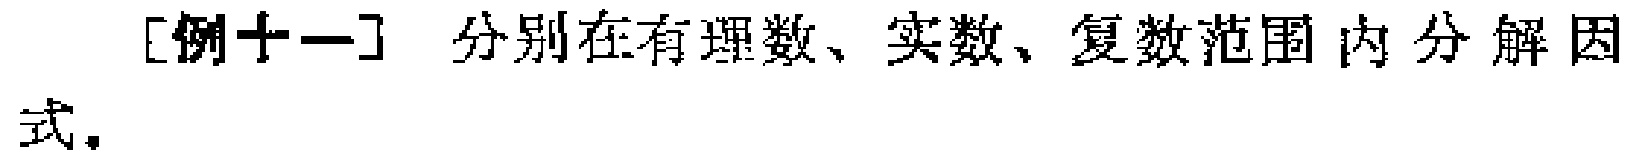
[例十一] 分别在有理数、实数、复数范围内分解因式。